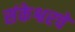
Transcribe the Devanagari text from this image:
संकेश्वरचे